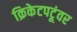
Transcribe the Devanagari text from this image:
क्रिकेटपटूंवर